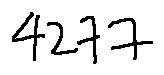
4 2 7 7